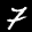
Label: 7